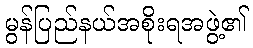
မွန်ပြည်နယ်အစိုးရအဖွဲ့၏